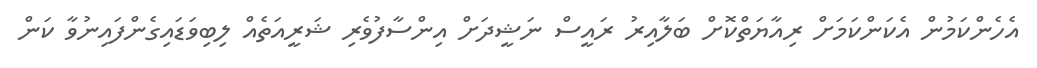
އެހެންކަމުން އެކަންކަމަށް ރިއާޔަތްކޮށް ބަލާއިރު ރައީސް ނަޝީދަށް އިންސާފުވެރި ޝަރީއަތެއް ލިބިވަޑައިގެންފައިނުވާ ކަން